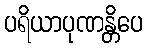
ပရိယာပုဏန္တိပေ